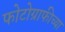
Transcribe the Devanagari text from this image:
फोटोग्राफीच्या